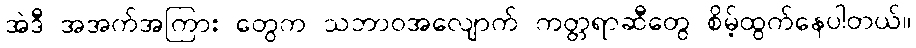
အဲဒီ အအက်အကြား တွေက သဘာဝအလျောက် ကတ္တရာဆီတွေ စိမ့်ထွက်နေပါတယ်။